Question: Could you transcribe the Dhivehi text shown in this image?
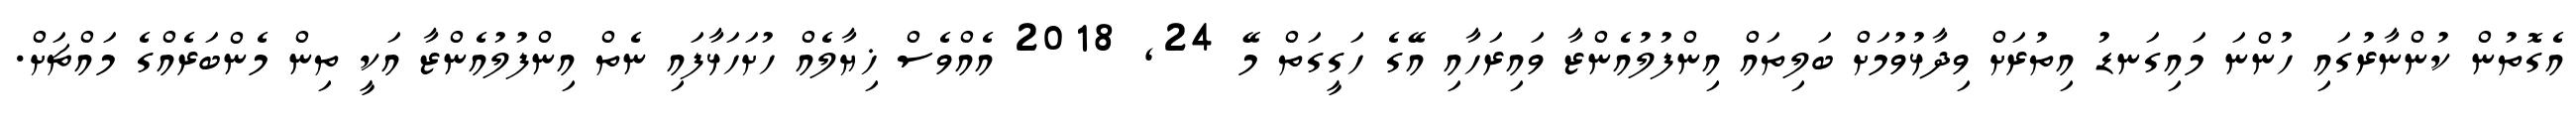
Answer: އެގޮތުން ކުންނާރުގައި ހުންނަ މައިގަނޑު އިތުރަށް ވިދާޅުވުމަށް ބަލިތައް އިންފުލުއެންޒާ ވައިރަހާއި އޭގެ ހަގީގަތް މޭ 24, 2018 އެއްވެސް ޚިޔާލެއް ހުށަހަޅާފައި ނެތް އިންފުލުއެންޒާ އަކީ ތިން މެންބަރެއްގެ މައްޗަށް.